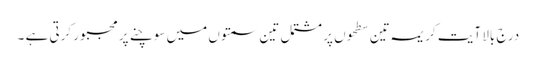
درج بالا آیت کریمہ تین سطحوں پر مشتمل تین سمتوں میں سوچنے پر مجبور کرتی ہے ۔